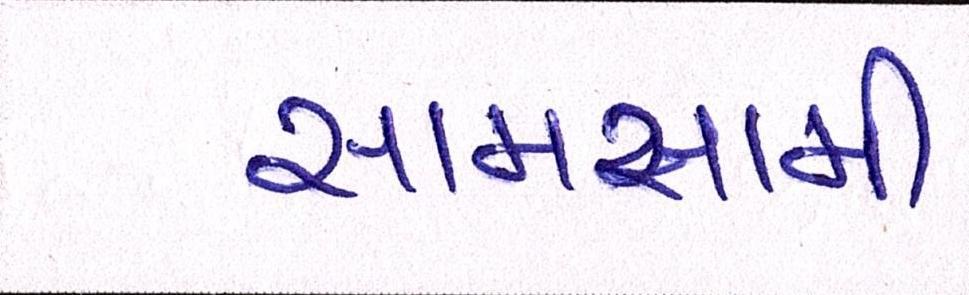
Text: સામસામી